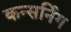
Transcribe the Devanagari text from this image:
कन्सर्निग